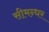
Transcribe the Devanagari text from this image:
सीमन्धर